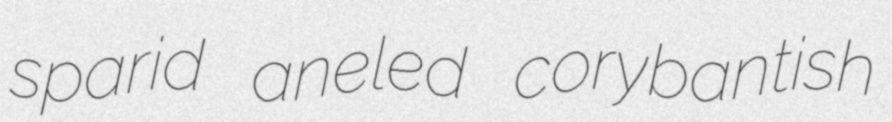
sparid aneled corybantish